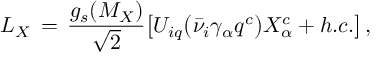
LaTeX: { \cal L } _ { X } \, = \, \frac { g _ { s } ( M _ { X } ) } { \sqrt 2 } \big [ { \cal U } _ { i q } \big ( \bar { \nu } _ { i } \gamma _ { \alpha } q ^ { c } \big ) X _ { \alpha } ^ { c } + h . c . \big ] \, ,